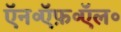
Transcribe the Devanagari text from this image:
ऍन॰ऍफ़॰ऍल॰